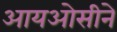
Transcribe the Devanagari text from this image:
आयओसीने